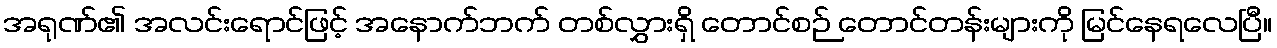
အရုဏ်၏ အလင်းရောင်ဖြင့် အနောက်ဘက် တစ်လွှားရှိ တောင်စဉ် တောင်တန်းများကို မြင်နေရလေပြီ။